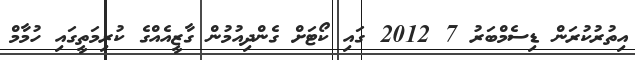
އިތުރުކުރަން ޑިސެމްބަރު 7 2012 ގައި ކޯޓަށް ގެންދިއުމުން ގާޒީއެއްގެ ކުރިމަތީގައި ހުމާމް